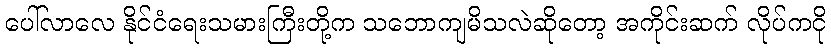
ပေါ်လာလေ နိုင်ငံရေးသမားကြီးတို့က သဘောကျမိသလဲဆိုတော့ အကိုင်းဆက် လိုပ်ကငို